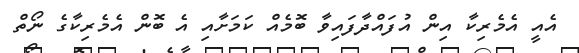
އެއީ އެމެރިކާ އިން އުފައްދާފައިވާ ބޮމެއް ކަމަށާއި އެ ބޮން އެމެރިކާގެ ނޯތް